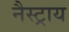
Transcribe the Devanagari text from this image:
नैस्ट्राय